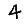
Digit: 4